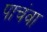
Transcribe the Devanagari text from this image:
पाचंवा